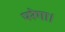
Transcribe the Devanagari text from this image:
परेगा।